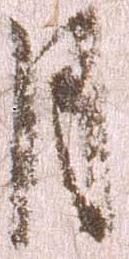
月